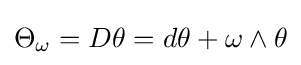
\Theta _{\omega }=D\theta =d\theta +\omega \wedge \theta